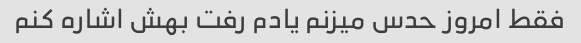
فقط امروز حدس میزنم یادم رفت بهش اشاره کنم